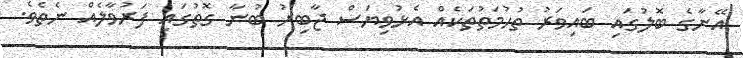
އޭނާގެ ބޮލުގައި ބައިވަރު ތުހުމަތުތަކެއް އެޅުވިޔަސް ޖާބިރު ބުނާ ގޮތުގައި ފަރުވާލެއް ނެތެވެ.